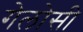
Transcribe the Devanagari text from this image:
गेलोसी